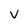
Character: v